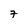
Character: 7